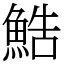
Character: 鯌